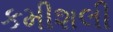
કમીશલી